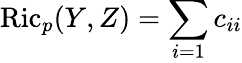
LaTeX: \operatorname{Ric}_{p}(Y,Z)=\sum_{i=1}c_{ii}